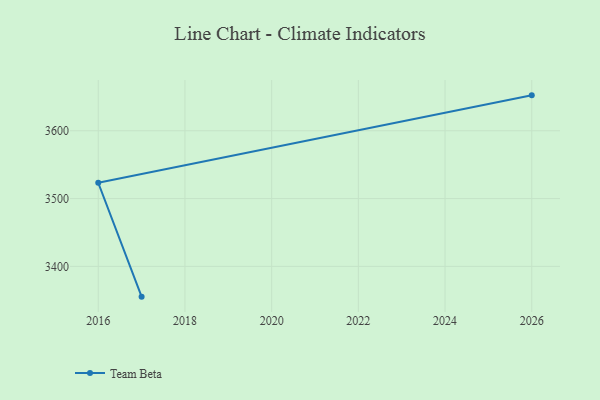
{"axis": {"x": "Year", "y": "Population (Million)"}, "legend": ["Team Beta"], "data": [{"x": "2026", "y": 3652.2, "type": "Team Beta"}, {"x": "2016", "y": 3523.2, "type": "Team Beta"}, {"x": "2017", "y": 3355.4, "type": "Team Beta"}]}